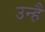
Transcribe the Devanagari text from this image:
उन्हैं